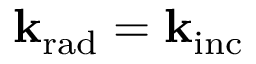
\mathbf { k } _ { \mathrm { { r a d } } } = \mathbf { k } _ { \mathrm { { i n c } } }